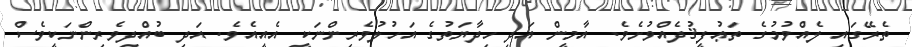
ތެރޭގައި ލެއްވުމުގެ ތަޢުފީޤުދެއްވުށެވެ. އާމީން އަދި ހިދާޔަތުގެ އަހުލުވެރިންނަކީ އެއީއެވެ. އަދި ބުއްދިވެރިންނަކީވެސް